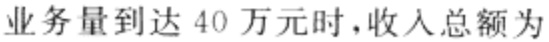
业务量到达 40 万元时,收入总额为